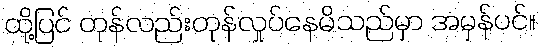
ထို့ပြင် တုန်လည်းတုန်လှုပ်နေမိသည်မှာ အမှန်ပင်။